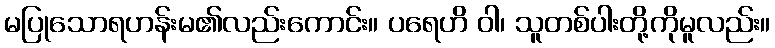
မပြုသောရဟန်းမ၏လည်းကောင်း။ ပရေဟိ ဝါ၊ သူတစ်ပါးတို့ကိုမူလည်း။